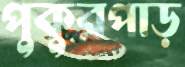
পুকুরপাড়